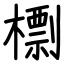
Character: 檦